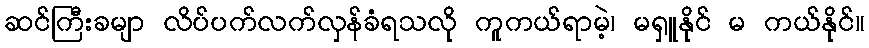
ဆင်ကြီးခမျာ လိပ်ပက်လက်လှန်ခံရသလို ကူကယ်ရာမဲ့၊ မရှူနိုင် မ ကယ်နိုင်။